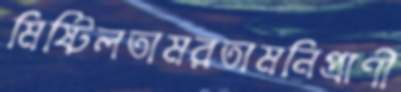
মিষ্টিলতামরতামনিপ্রাণী